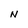
Character: N